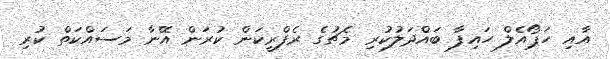
އާއި ހަޕޯއެލް ހައިފާ ބައްދަލުކުރި މެޗުގެ ރެފްރީކަން ކުރަން އޭނާ މަސައްކަތް ކުރި